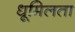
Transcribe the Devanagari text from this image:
धूमिलता